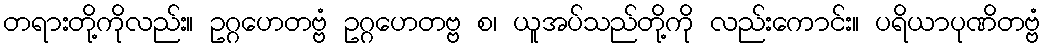
တရားတို့ကိုလည်း။ ဥဂ္ဂဟေတဗ္ဗံ ဥဂ္ဂဟေတဗ္ဗ စ၊ ယူအပ်သည်တို့ကို လည်းကောင်း။ ပရိယာပုဏိတဗ္ဗံ